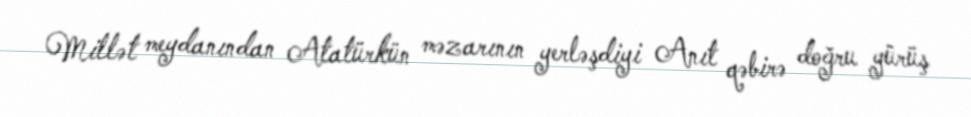
Millət meydanından Atatürkün məzarının yerləşdiyi Anıt qəbirə doğru yürüş